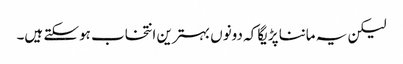
لیکن یہ ماننا پڑیگا کہ دونوں بہترین انتخاب ہوسکتے ہیں۔